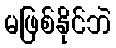
မဖြစ်နိုင်ဘဲ